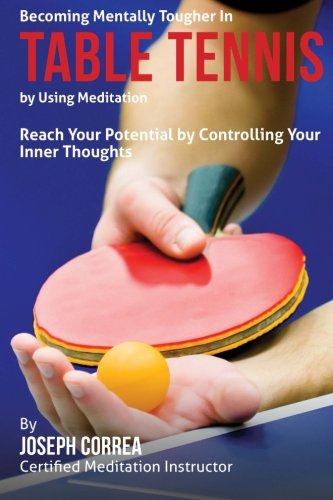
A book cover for Becoming Mentally Tougher In Table Tennis by Using Meditation: Reach Your Potential by Controlling Your Inner Thoughts; Joseph Correa (Certified Meditation Instructor); Sports & Outdoors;